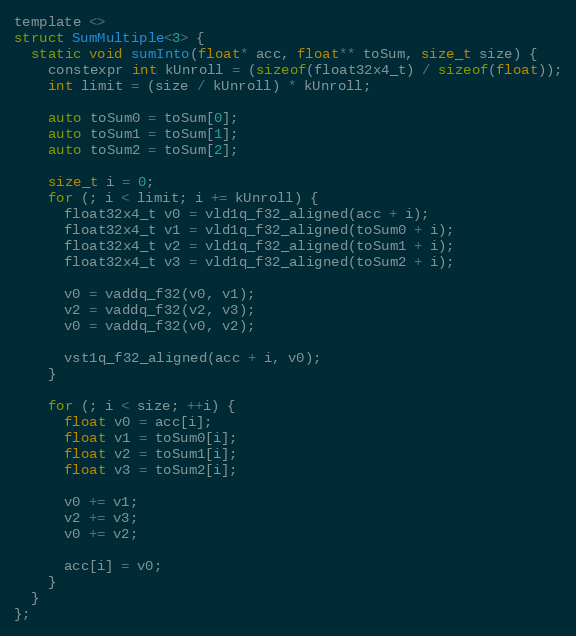
Language: C
template <>
struct SumMultiple<3> {
  static void sumInto(float* acc, float** toSum, size_t size) {
    constexpr int kUnroll = (sizeof(float32x4_t) / sizeof(float));
    int limit = (size / kUnroll) * kUnroll;

    auto toSum0 = toSum[0];
    auto toSum1 = toSum[1];
    auto toSum2 = toSum[2];

    size_t i = 0;
    for (; i < limit; i += kUnroll) {
      float32x4_t v0 = vld1q_f32_aligned(acc + i);
      float32x4_t v1 = vld1q_f32_aligned(toSum0 + i);
      float32x4_t v2 = vld1q_f32_aligned(toSum1 + i);
      float32x4_t v3 = vld1q_f32_aligned(toSum2 + i);

      v0 = vaddq_f32(v0, v1);
      v2 = vaddq_f32(v2, v3);
      v0 = vaddq_f32(v0, v2);

      vst1q_f32_aligned(acc + i, v0);
    }

    for (; i < size; ++i) {
      float v0 = acc[i];
      float v1 = toSum0[i];
      float v2 = toSum1[i];
      float v3 = toSum2[i];

      v0 += v1;
      v2 += v3;
      v0 += v2;

      acc[i] = v0;
    }
  }
};